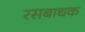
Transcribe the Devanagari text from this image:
रसबाधक